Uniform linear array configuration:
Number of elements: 64
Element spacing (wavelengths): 1
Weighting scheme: hann
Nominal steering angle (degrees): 45
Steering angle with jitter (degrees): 44.888
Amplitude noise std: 0.05
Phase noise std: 0.05

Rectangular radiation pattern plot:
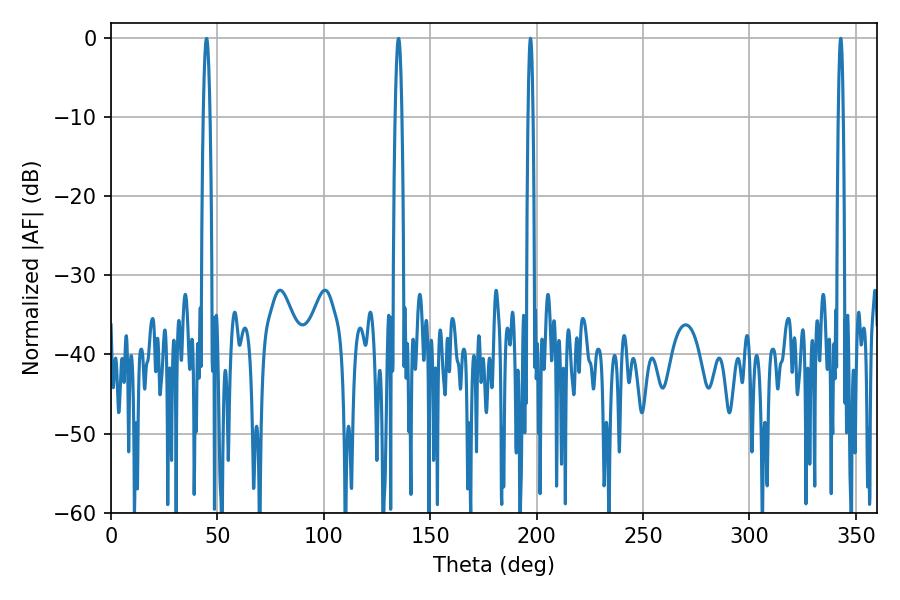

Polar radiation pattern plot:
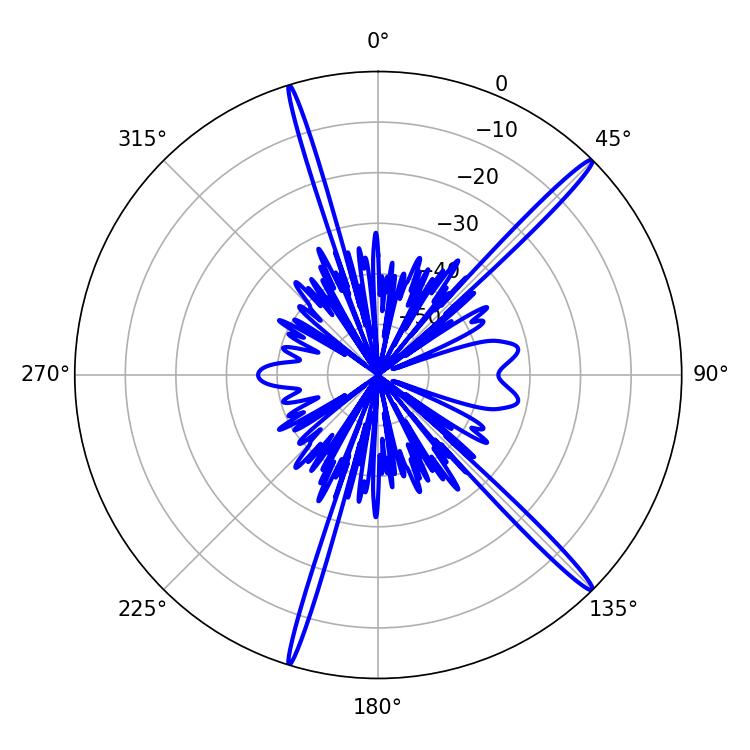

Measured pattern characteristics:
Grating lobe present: TRUE
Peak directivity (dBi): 17.803
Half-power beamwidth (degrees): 1.08
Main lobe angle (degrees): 197.1